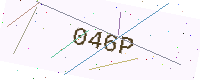
Text: 046P